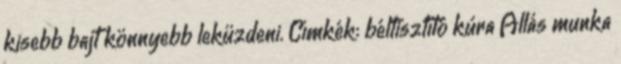
kisebb bajt könnyebb leküzdeni. Címkék: béltisztító kúra Állás munka